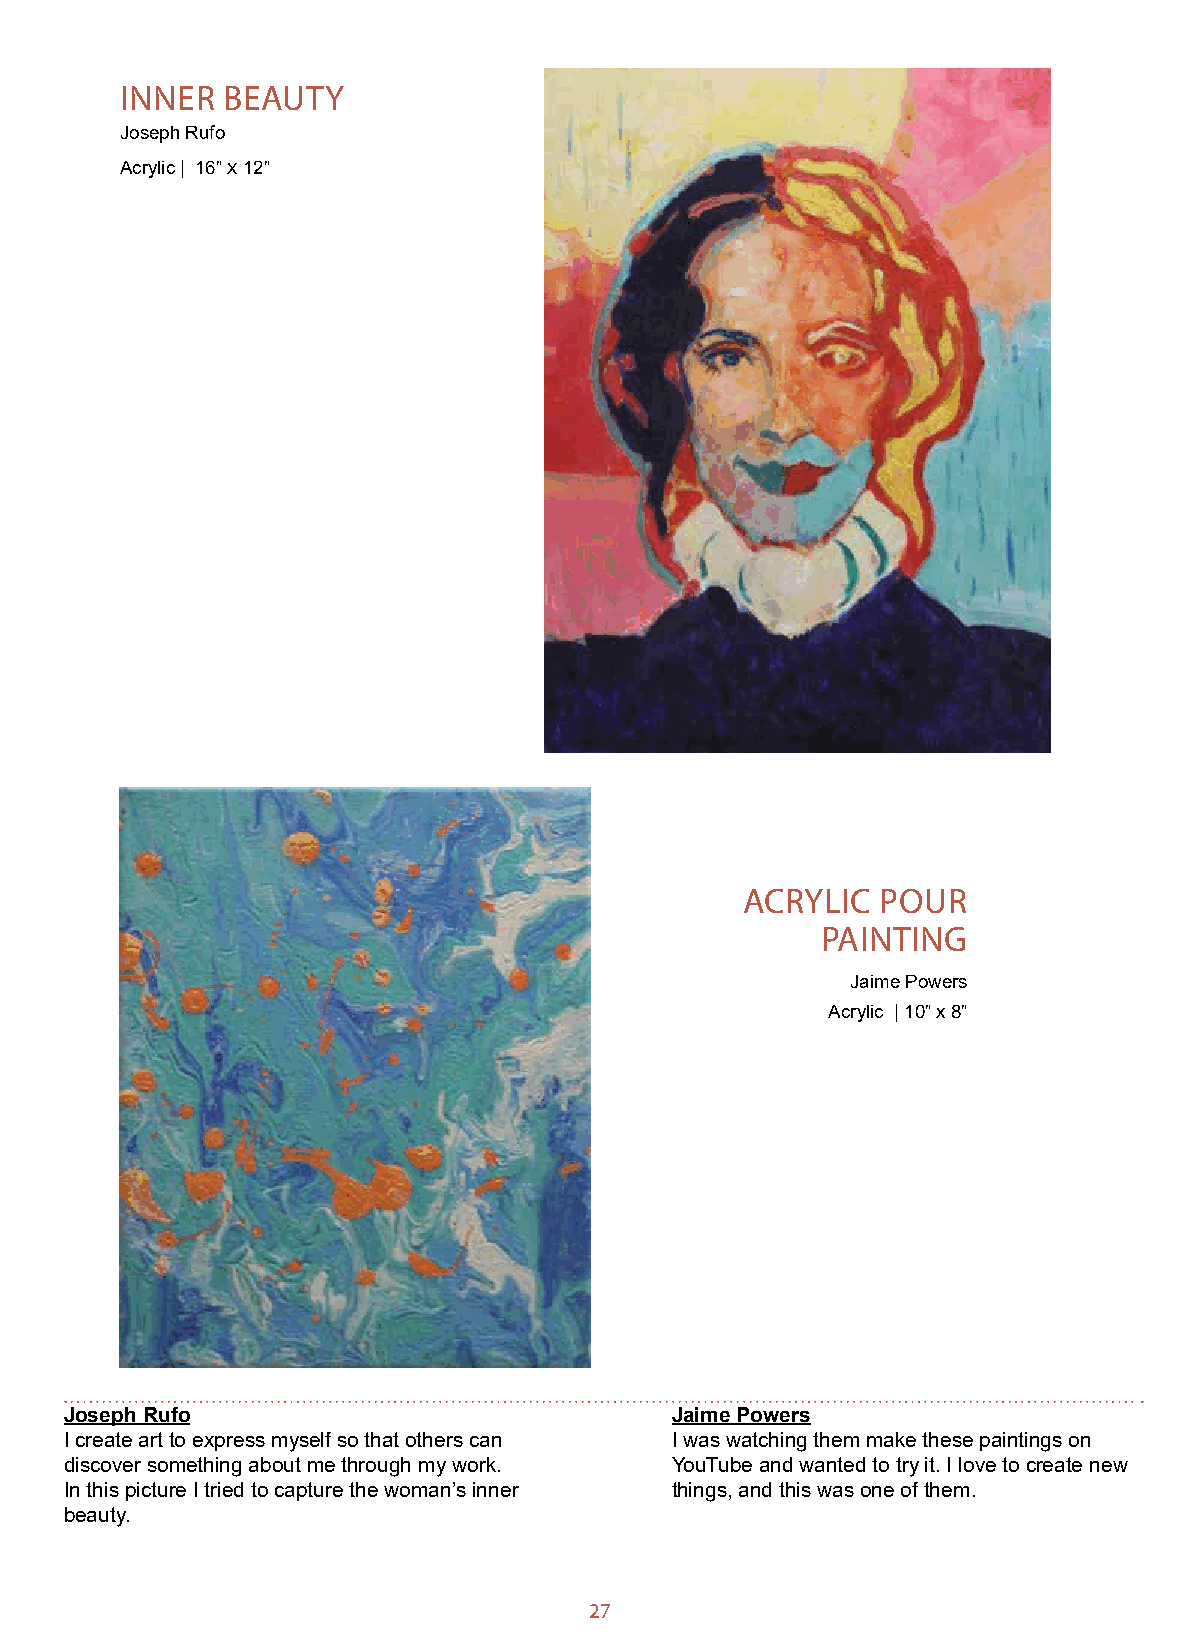
INNER  BEAUTY
 Joseph Rufo
 Acrylic | 16” x 12”
 ACRYLIC  POUR
 PAINTING
 Jaime Powers
 Acrylic | 10” x 8”
 Joseph Rufo                             Jaime Powers
 I create art to express myself so that others can I was watching them make these paintings on
 discover something about me through my work. YouTube and wanted to try it. I love to create new
 In this picture I tried to capture the woman’s inner things, and this was one of them.
 beauty.
 27